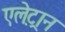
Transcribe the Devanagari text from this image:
एले़ट्रान